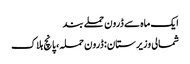
ایک ماہ سے ڈرون حملے بند
شمالی وزیرستان: ڈرون حملہ، پانچ ہلاک